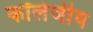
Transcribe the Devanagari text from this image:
कॉलेजीय